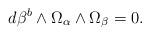
LaTeX: \begin{align*} d\beta^b\wedge\Omega_\alpha\wedge\Omega_\beta=0.\end{align*}